Leaving Certificate Examination (including Day School Certificate (Higher) General paper), 1933
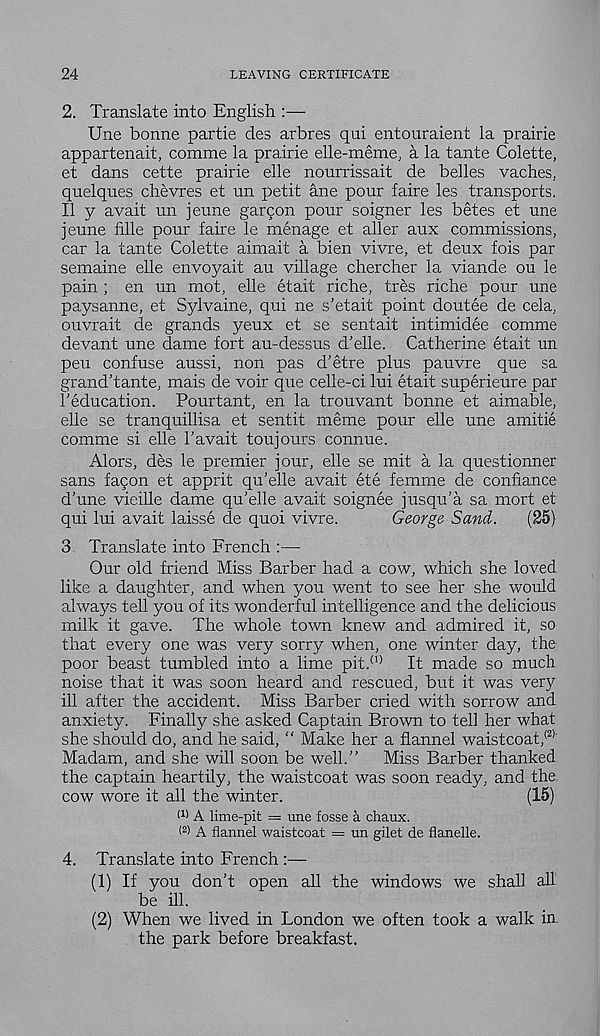
24
LEAVING CERTIFICATE
2. Translate into English :—
Une bonne partie des arbres qui entouraient la prairie
appartenait, comme la prairie elle-meme ; a la tante Colette,
et dans cette prairie elle nourrissait de belles vaches,
quelques chevres et un petit ane pour faire les transports.
II y avait un jeune garcon pour soigner les betes et une
jeune fille pour faire le menage et aller aux commissions,
car la tante Colette aimait a bien vivre, et deux fois par
semaine elle envoyait au village chercher la viande ou le
pain ; en un mot, elle etait riche, tres riche pour une
paysanne, et Sylvaine, qui ne s’etait point doutee de cela,
ouvrait de grands yeux et se sentait intimidee comme
devant une dame fort au-dessus d’elle. Catherine etait un
peu confuse aussi, non pas d’etre plus pauvre que sa
grand’tante, mais de voir que celle-ci lui etait superieure par
I’education. Pourtant, en la trouvant bonne et aimable,
elle se tranquillisa et sentit meme pour elle une amitie
comme si elle 1’avait toujours connue.
Alors, des le premier jour, elle se mit a la questionner
sans fagon et apprit qu’elle avait ete femme de confiance
d’une vieihe dame qu’elle avait soignee jusqu’a sa mort et
qui lui avait laisse de quoi vivre.
George Sand.
(25)
3 Translate into French :—
Our old friend Miss Barber had a cow, which she loved
like a daughter, and when you went to see her she would
always tell you of its wonderful intelligence and the delicious
milk it gave. The whole town knew and admired it, so
that every one was very sorry when, one winter day, the
poor beast tumbled into a lime pit. (1) It made so much
noise that it was soon heard and rescued, but it was very
ill after the accident. Miss Barber cried with sorrow and
anxiety. Finally she asked Captain Brown to tell her what
she should do, and he said, “ Make her a flannel waistcoat/ 21 '
Madam, and she will soon be well.” Miss Barber thanked
the captain heartily, the waistcoat was soon ready, and the
cow wore it all the winter.
(15)
(1) A lime-pit = une fosse a chaux.
( 2 > A flannel waistcoat = un gilet de flanelle.
4. Translate into French :—
(1) If you don’t open all the windows we shall all
be ill.
(2) When we lived in London we often took a walk in
the park before breakfast.